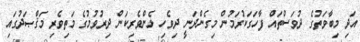
އަދި މިބާވަތުގެ ދުވަސްތައް ފާހަގަކުރަމުން މިގެންދަނީ ދިވެހި ޅެންވެރިކަން ދިރުވުމުގެ މަތިވެރި މަޤްޞަދުގައި